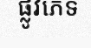
ផ្លូវភេទ